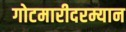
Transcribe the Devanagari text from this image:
गोटमारीदरम्यान